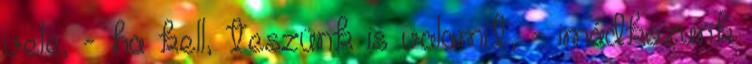
vele, - ha kell, teszünk is valamit, - imádkozunk